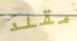
مقلد